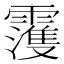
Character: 𩆀